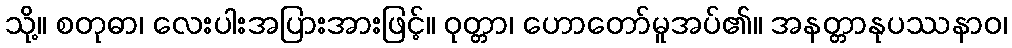
သို့။ စတုဓာ၊ လေးပါးအပြားအားဖြင့်။ ဝုတ္တာ၊ ဟောတော်မူအပ်၏။ အနတ္တာနုပဿနာဝ၊